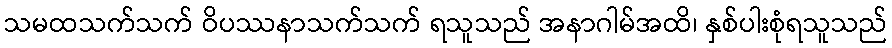
သမထသက်သက် ဝိပဿနာသက်သက် ရသူသည် အနာဂါမ်အထိ၊ နှစ်ပါးစုံရသူသည်